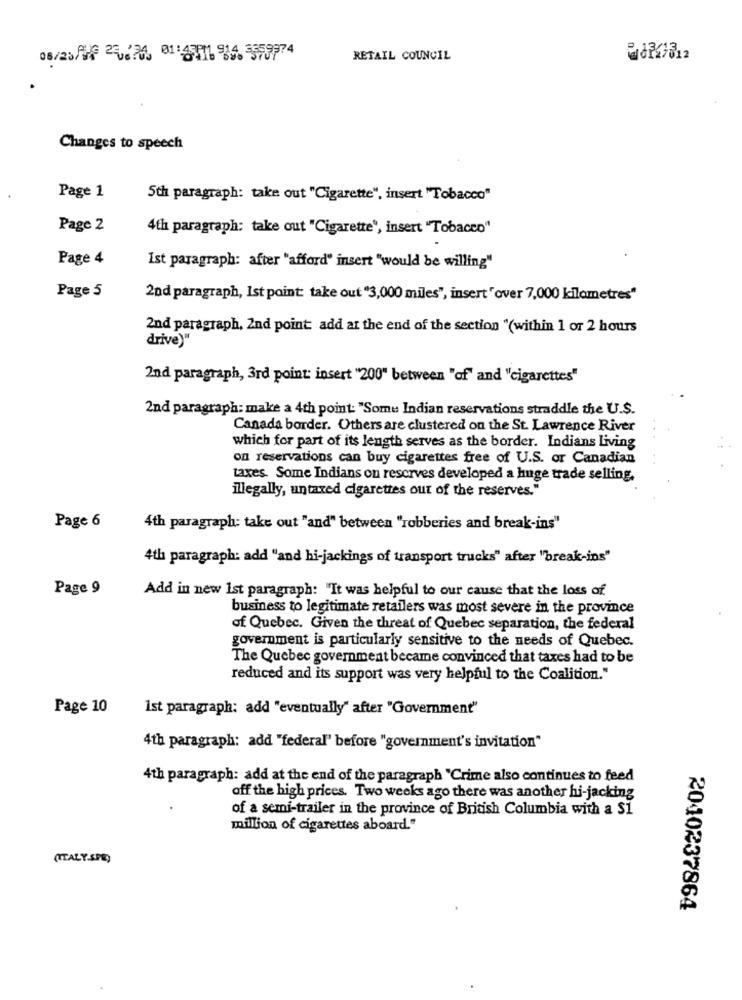
08/25//6 29224 01:471 914 357374
RETAIL COUNCIL
Changes to speech
Page 1
5th paragraph: take out "Cigarette", insert "Tobacco"
Page 2
4th paragraph: take out "Cigarette', insert "Tobacco"
Page 4
Ist paragraph: after "afford" insert "would be willing"
Page 5
2nd paragraph, Ist point: take out "3,000 miles", insert " over 7,000 kilometres"
2nd paragraph, 2nd point: add at the end of the section "(within 1 or 2 hours
drive)"
2nd paragraph, 3rd point: insert "200" between "of" and "cigarettes"
2nd paragraph: make a 4th point: "Somu Indian reservations straddle the U.S.
Canada border. Others are clustered on the St. Lawrence River
which for part of its length serves as the border. Indians Living
on reservations can buy cigarettes free of U.S. or Canadian
taxes. Some Indians on reserves developed a huge trade selling.
illegally, untaxed cigarettes out of the reserves."
Page 6
4th paragraph: take out "and" between "robberies and break-ins"
4th paragraph: add "and hi-jackings of transport trucks" after "break-ins"
Page 9
Add in new 1st paragraph: "It was helpful to our cause that the loss of
business to legitimate retailers was most severe in the province
of Quebec. Given the threat of Quebec separation, the federal
government is particularly sensitive to the needs of Quebec.
The Quebec government became convinced that taxes had to be
reduced and its support was very helpful to the Coalition."
Page 10
1st paragraph: add "eventually" after "Government"
4th paragraph: add "federal' before "government's invitation"
4th paragraph: add at the end of the paragraph "Crime also continues to feed
off the high prices. Two weeks ago there was another hi-jacking
of a semi-trailer in the province of British Columbia with a $1
million of cigarettes aboard."
(ITALY SPE)
2040237864